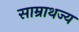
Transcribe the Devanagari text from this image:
साम्राथज्य